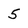
Character: 5